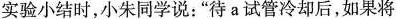
实验小结时，小朱同学说：”待a试管冷却后，如果将